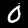
Digit: 0